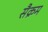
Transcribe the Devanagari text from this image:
सैक्रम